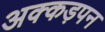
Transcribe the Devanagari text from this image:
अक्कड़पन